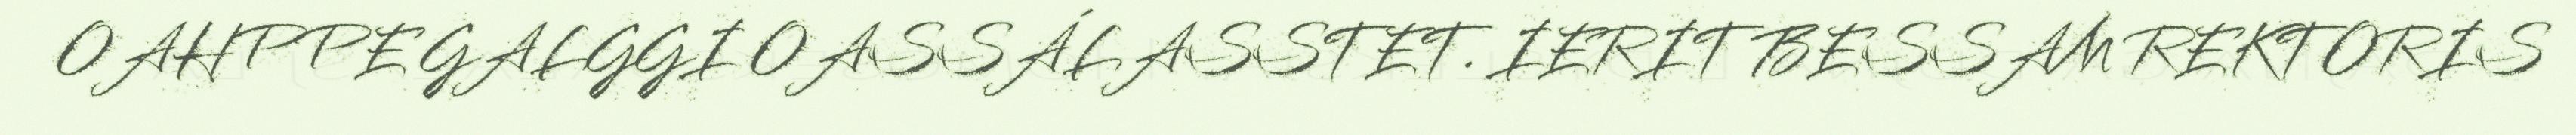
OAHPPE GALGGI OASSÁLASSTET. IERIT BESSAM REKTORIS